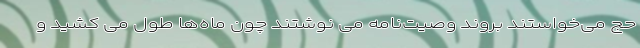
حج می‌خواستند بروند وصیت‌نامه می نوشتند چون ماه‌ها طول می کشید و